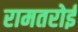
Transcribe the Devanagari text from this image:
रामतरोई